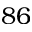
8 6